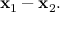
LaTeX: \mathbf { x } _ { 1 } - \mathbf { x } _ { 2 } .